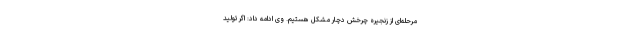
مرحله‌ای از زنجیره چرخش دچار مشکل هستیم. وی ادامه داد: اگر تولید